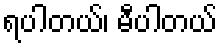
ရပါတယ်၊ မီပါတယ်